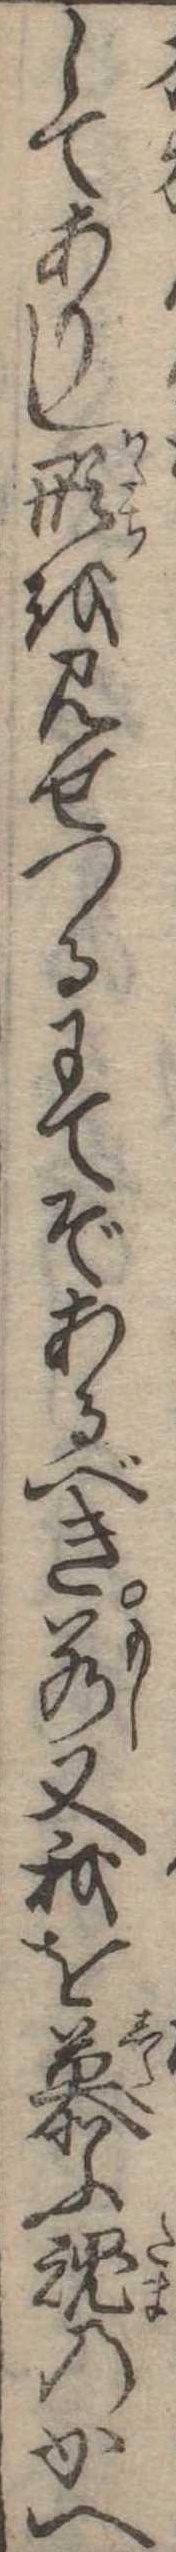
してありし形を見せつるにてぞあるべき若又我を慕ふ魂のかへ